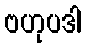
ဗဟုပဒါ